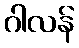
ဂါလန်